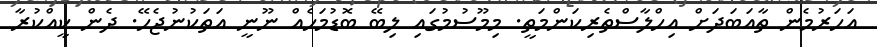
އަހަރުމެން ތާއަބަދަށް އިހްލާސްތެރިކަންމަތީ. މިމޫސުމުގައި ލިބޭ ބޮޑުމަހެއް ނޫނީ އަތަކުނުޖެހޭ. ދެން ކީއްކުރާ